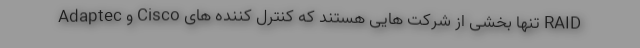
Adaptec و Cisco تنها بخشی از شرکت هایی هستند که کنترل کننده های RAID